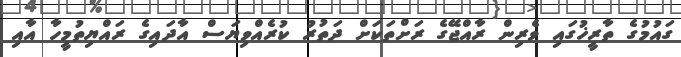
ގައުމުގެ ތާރީޚުގައި ވެރިން ރާއްޖޭގެ ރަށްތަކަށް ދަތުރު ކުރެއްވިޔަސް އާދައިގެ ރައްޔިތުމީހާ އާއި